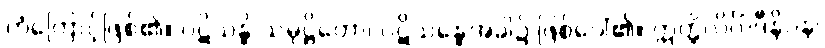
ကံကြောင့်ဖြစ်၏။ ပဋိသန္ဓိ သမုဋ္ဌိတော၊ ပဋိသန္ဓေအခါ၌ ဖြစ်ပေါ်၏။ ဣတ္ထိလိင်္ဂါဒီနိပန၊